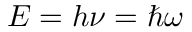
E = h \nu = \hbar \omega \,